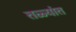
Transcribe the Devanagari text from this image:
तळ्यांत